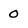
Character: 0